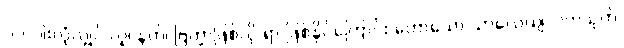
၁၀-ပါးလုံလျှင် လူ၊ နတ်၊ ဗြဟ္မာဖြစ်လို ရာ ဖြစ်နိုင်ကြောင်း ဟောသော သာလေယျလကသုတ်၊